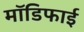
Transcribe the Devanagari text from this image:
मॉडिफाई